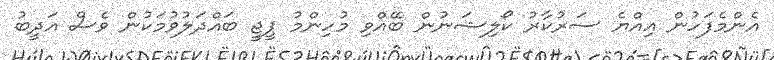
އެންމެފަހުން އިއްޔެ ސަރުކާރު ކޯލިޝަނުން ބޭއްވި މުހިންމު ޕީޖީ ބައްދަލުވުމަކުން ވެސް އަދީބު